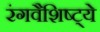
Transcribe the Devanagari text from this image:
रंगवैशिष्ट्ये